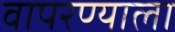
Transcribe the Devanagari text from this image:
वापरण्याला